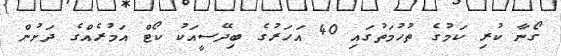
ގޯނާ ކުރި ކަމުގެ ތުހުމަތުގައި 40 އަހަރުގެ ބިދޭސީއަކު ކޯޓް އަމުރެއްގެ ދަށުން